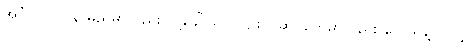
အင်္ဂလိပ်လို နာမည်မှာလည်း လို့ခေါ်သလို ပျိုးပင်ဆိုင်တွေမှာလည်း လေသန့်ပင်လို့ပဲ